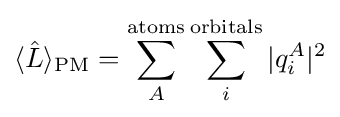
\langle {\hat {L}}\rangle _{\textrm {PM}}=\sum _{A}^{\textrm {atoms}}\sum _{i}^{\textrm {orbitals}}|q_{i}^{A}|^{2}